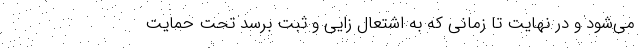
می‌شود و در نهایت تا زمانی که به اشتعال زایی و ثبت برسد تحت حمایت